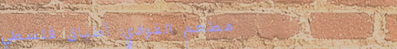
مطعم الفوادي: أطباق فلسطي